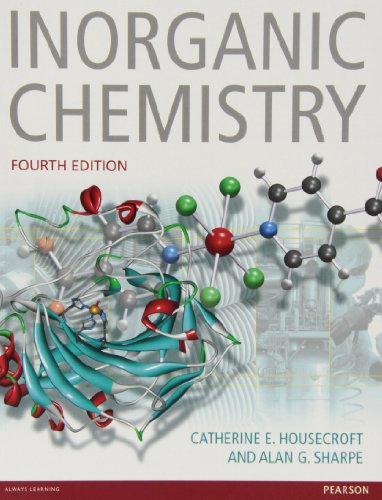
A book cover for Inorganic Chemistry (4th Edition); Catherine Housecroft; Science & Math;